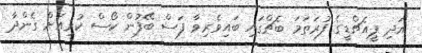
އަދި ޕީއެޗްޑީގެ ފުރަތަމަ ބެޗްގައި ބައިވެރިވާ ފަސް ބޭފުން ކޯސް ކުރިއަށް ގެންދާ